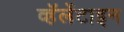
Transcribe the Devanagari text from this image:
व्हॅलेंटाइन